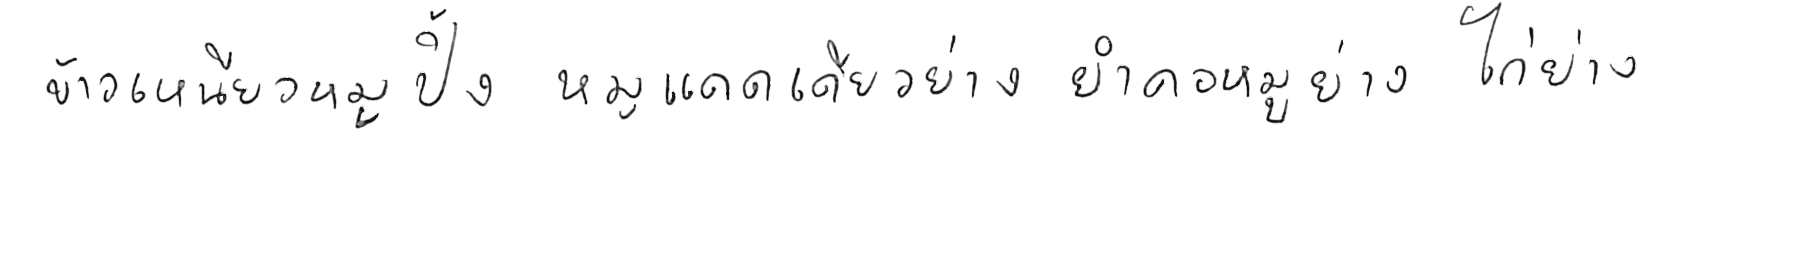
ข้าวเหนียวหมูปิ้ง หมูแดดเดียวย่าง ยำคอหมูย่าง ไก่ย่าง